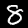
Digit: 8